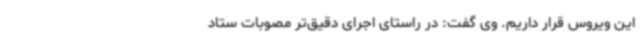
این ویروس قرار داریم. وی گفت: در راستای اجرای دقیق‌تر مصوبات ستاد